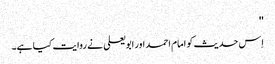
''
اِس حدیث کو امام احمد اور ابو یعلی نے روایت کیا ہے۔